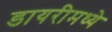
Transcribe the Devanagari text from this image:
डायरीमध्ये